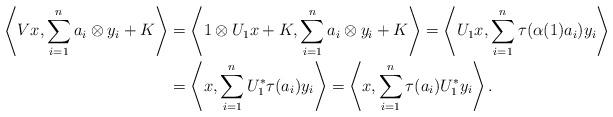
LaTeX: \begin{align*} \left< V{x},\sum\limits_{i=1}^{n} a_i\otimes{y_i}+K\right> &=\left< 1\otimes U_1{x}+K,\sum\limits_{i=1}^{n} a_i\otimes{y_i}+K\right> =\left< U_1{x},\sum\limits_{i=1}^{n}\tau(\alpha(1)a_i){y_i}\right> \\&=\left< {x},\sum\limits_{i=1}^{n} U^*_1\tau(a_i){y_i}\right>=\left< {x},\sum\limits_{i=1}^{n}\tau(a_i)U^*_1{y_i}\right>.\end{align*}